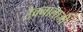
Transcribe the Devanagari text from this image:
टैक्नालाजी